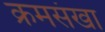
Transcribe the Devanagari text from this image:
क्रमसंखा